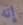
إنه